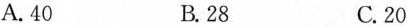
A.40 B.28 C.20